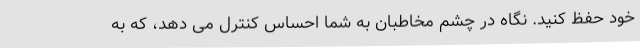
خود حفظ کنید. نگاه در چشم مخاطبان به شما احساس کنترل می دهد، که به